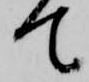
て